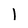
Character: l